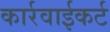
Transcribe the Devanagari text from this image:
कार्रवाईकर्ट